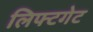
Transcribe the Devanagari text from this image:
लिफ्टगेट